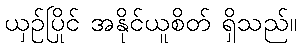
ယှဉ်ပြိုင် အနိုင်ယူစိတ် ရှိသည်။